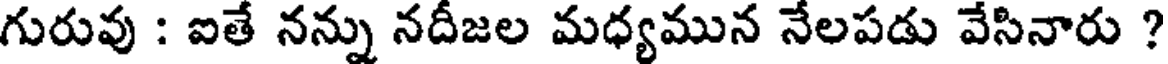
గురువు : ఐతే నన్ను నదీజల మధ్యమున నేలపడు వేసినారు ?